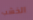
الخشب